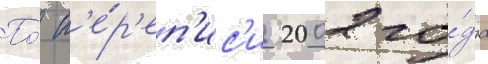
По́ п'е́р'еп'ис'и 2002 го́да